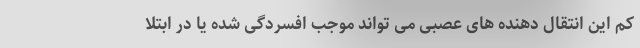
کم این انتقال دهنده های عصبی می تواند موجب افسردگی شده یا در ابتلا